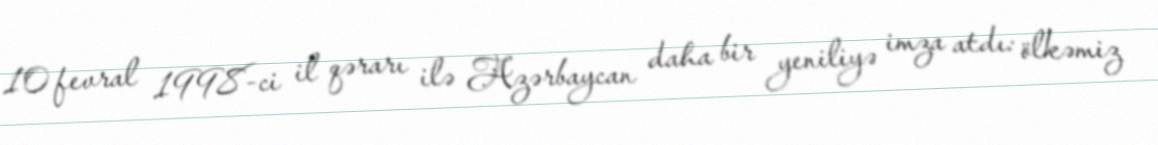
10 fevral 1998-ci il qərarı ilə Azərbaycan daha bir yeniliyə imza atdı: ölkəmiz